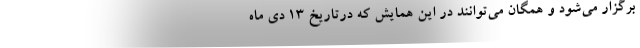
برگزار می‌شود و همگان می‌توانند در این همایش که درتاریخ ۱۳ دی ماه